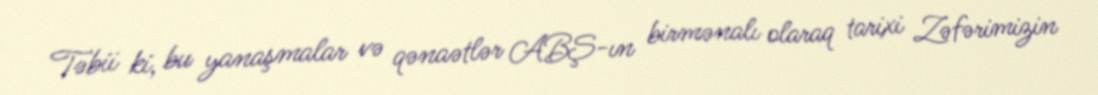
Təbii ki, bu yanaşmalar və qənaətlər ABŞ-ın birmənalı olaraq tarixi Zəfərimizin